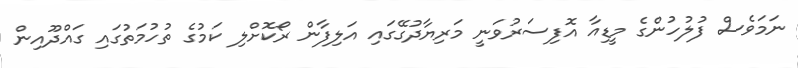
ނަމަވެސް ފުލުހުންގެ މީޑިއާ އޮފިސަރުވަނީ މަރިޔާދުގޭގައި އަލިފާން ރޯކޮށްލި ކަމުގެ ތުހުމަތުގައި ގައްދޫއިން